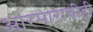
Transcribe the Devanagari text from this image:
आरमाराचीही